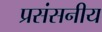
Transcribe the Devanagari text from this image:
प्रसंसनीय